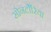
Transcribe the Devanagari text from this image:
सोनटोँरिया